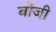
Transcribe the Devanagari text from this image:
बोंजी